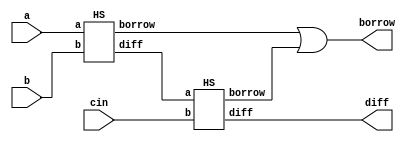
`timescale 1ns / 1ps
//////////////////////////////////////////////////////////////////////////////////
// Company: 
// Engineer: 
// 
// Design Name: 
// Module Name: Full_Subtractor_Using_HS
// Project Name: 
// Target Devices: 
// Tool Versions: 
// Description: 
// 
// Dependencies: 
// 
// Revision:
// Revision 0.01 - File Created
// Additional Comments:
// 
//////////////////////////////////////////////////////////////////////////////////


module Full_Subtractor_Using_HS(
input a,
input b,
input cin,
output diff,
output borrow
);
wire d1,b2,b3;
HS h0(.a(a),.b(b),.diff(d1),.borrow(b2));
HS h1(.a(d1),.b(cin),.diff(diff),.borrow(b3));
assign borrow = b2|b3;
endmodule

module HS(
input a,
input b,
output diff,
output borrow
);
xor x1(diff,a,b);
and a1(borrow,(~a),b);
endmodule